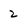
Character: 2